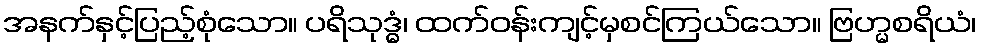
အနက်နှင့်ပြည့်စုံသော။ ပရိသုဒ္ဓံ၊ ထက်ဝန်းကျင့်မှစင်ကြယ်သော။ ဗြဟ္မစရိယံ၊